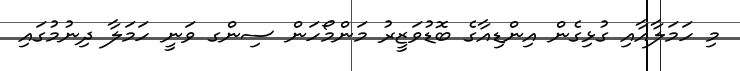
މި ހަމަލާއާއި ގުޅިގެން އިންޑިއާގެ ބޮޑުވަޒީރު މަންމޯހަން ސިންގ ވަނީ ހަމަލާ ދިނުމުގައި